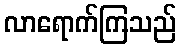
လာရောက်ကြသည်